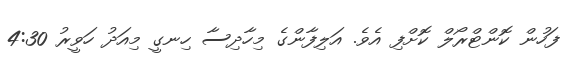
ފަހުން ކޮންޓްރޯލް ކޮށްފި އެވެ. އަލިފާންގެ މިހާދިސާ ހިނގީ މިއަދު ހަވީރު 4:30